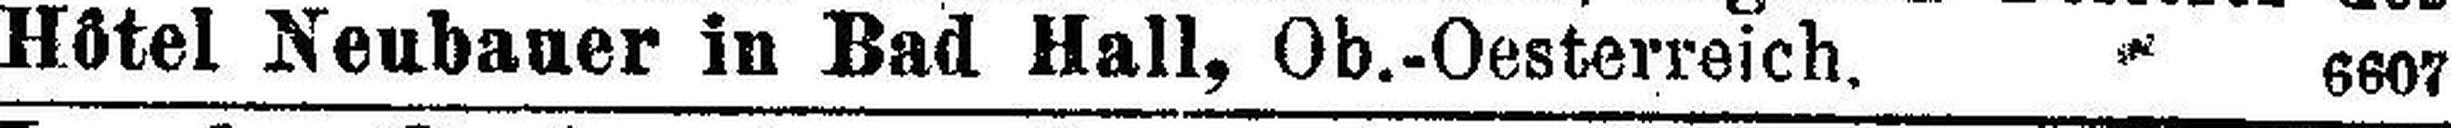
Hôtel Neubauer in Bad Hall, Ob.-Oesterreich. 6607